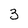
Character: 3